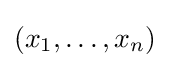
(x_{1},\ldots ,x_{n})